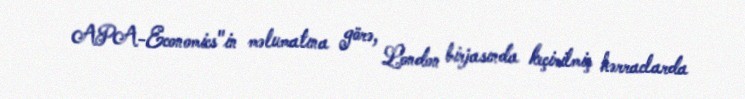
APA-Economics"in məlumatına görə, London birjasında keçirilmiş hərraclarda